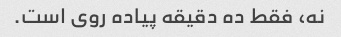
نه، فقط ده دقیقه پیاده روی است.